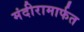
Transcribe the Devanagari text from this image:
मंदीरामार्फत